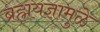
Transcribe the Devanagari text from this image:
ब्रह्मयज्ञामुळे